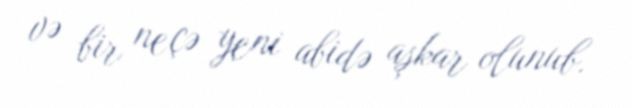
və bir neçə yeni abidə aşkar olunub.